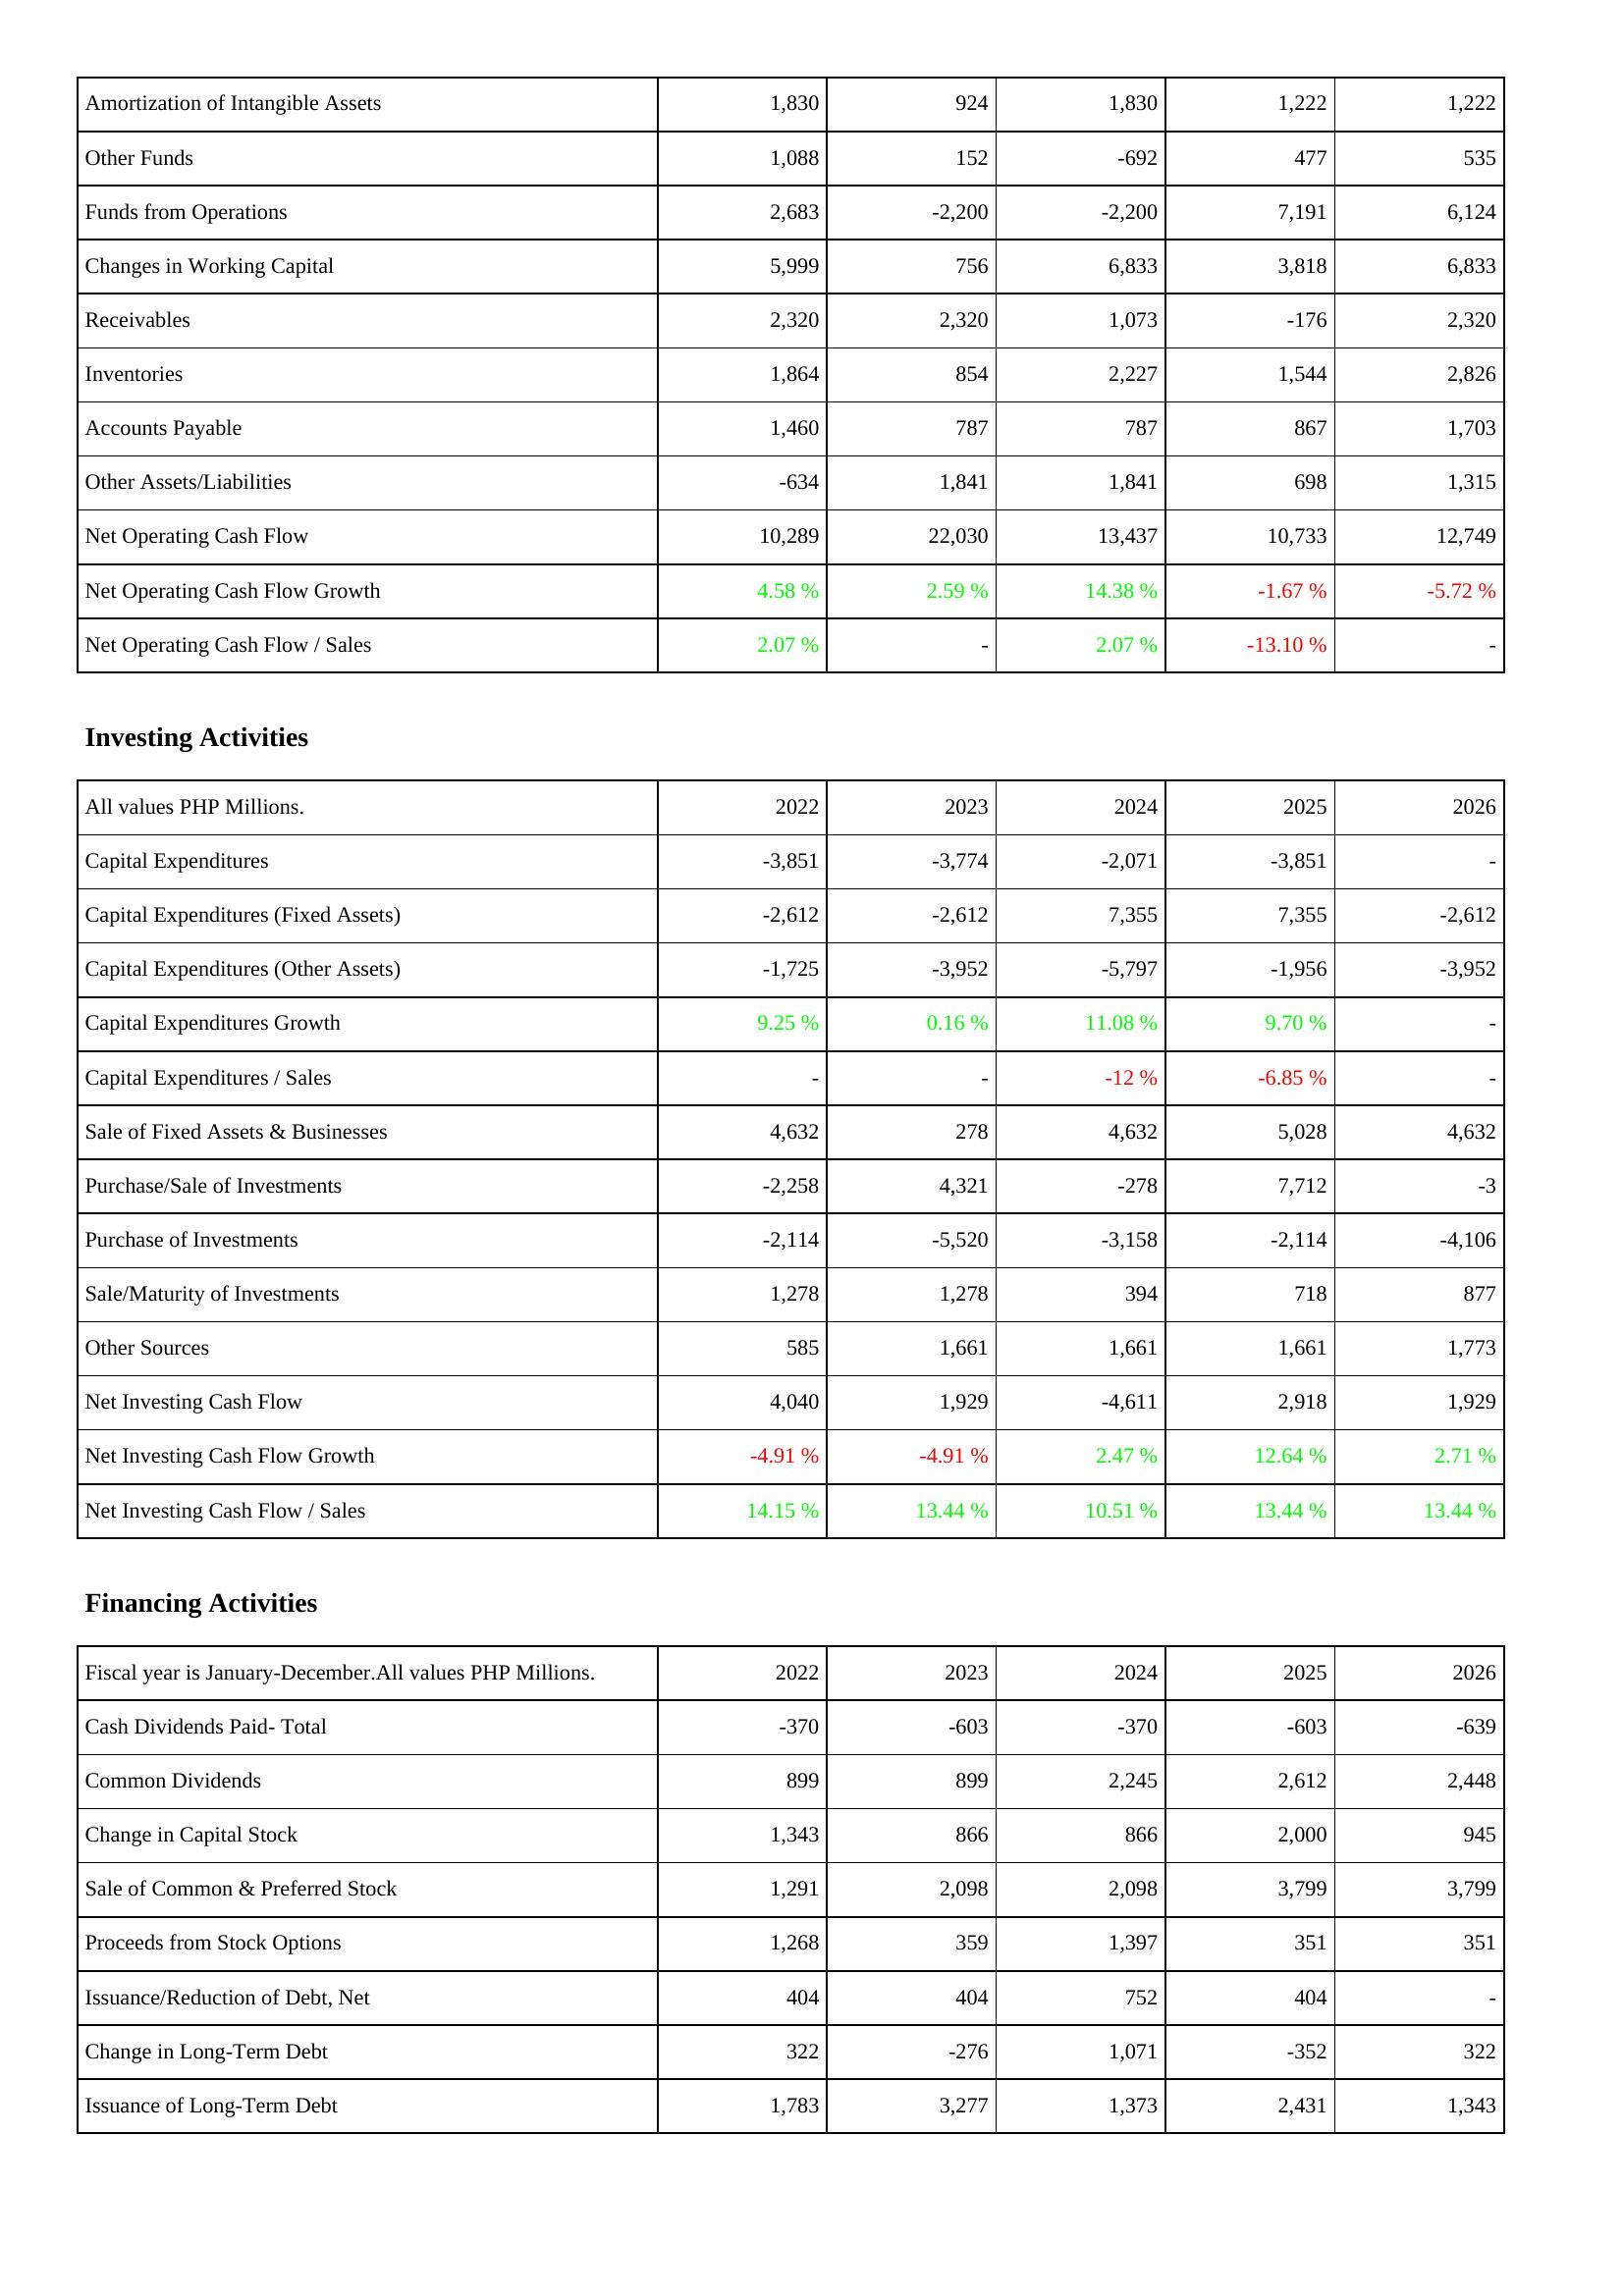
2022: Operating Activities: Amortization of Intangible Assets: 1,830
Other Funds: 1,088
Funds from Operations: 2,683
Changes in Working Capital: 5,999
Receivables: 2,320
Inventories: 1,864
Accounts Payable: 1,460
Other Assets/Liabilities: -634
Net Operating Cash Flow: 10,289
Net Operating Cash Flow Growth: 4.58 %
Net Operating Cash Flow / Sales: 2.07 %
Investing Activities: Capital Expenditures: -3,851
Capital Expenditures (Fixed Assets): -2,612
Capital Expenditures (Other Assets): -1,725
Capital Expenditures Growth: 9.25 %
Capital Expenditures / Sales: -
Sale of Fixed Assets & Businesses: 4,632
Purchase/Sale of Investments: -2,258
Purchase of Investments: -2,114
Sale/Maturity of Investments: 1,278
Other Sources: 585
Net Investing Cash Flow: 4,040
Net Investing Cash Flow Growth: -4.91 %
Net Investing Cash Flow / Sales: 14.15 %
Financing Activities: Cash Dividends Paid- Total: -370
Common Dividends: 899
Change in Capital Stock: 1,343
Sale of Common & Preferred Stock: 1,291
Proceeds from Stock Options: 1,268
Issuance/Reduction of Debt, Net: 404
Change in Long-Term Debt: 322
Issuance of Long-Term Debt: 1,783
2023: Operating Activities: Amortization of Intangible Assets: 924
Other Funds: 152
Funds from Operations: -2,200
Changes in Working Capital: 756
Receivables: 2,320
Inventories: 854
Accounts Payable: 787
Other Assets/Liabilities: 1,841
Net Operating Cash Flow: 22,030
Net Operating Cash Flow Growth: 2.59 %
Net Operating Cash Flow / Sales: -
Investing Activities: Capital Expenditures: -3,774
Capital Expenditures (Fixed Assets): -2,612
Capital Expenditures (Other Assets): -3,952
Capital Expenditures Growth: 0.16 %
Capital Expenditures / Sales: -
Sale of Fixed Assets & Businesses: 278
Purchase/Sale of Investments: 4,321
Purchase of Investments: -5,520
Sale/Maturity of Investments: 1,278
Other Sources: 1,661
Net Investing Cash Flow: 1,929
Net Investing Cash Flow Growth: -4.91 %
Net Investing Cash Flow / Sales: 13.44 %
Financing Activities: Cash Dividends Paid- Total: -603
Common Dividends: 899
Change in Capital Stock: 866
Sale of Common & Preferred Stock: 2,098
Proceeds from Stock Options: 359
Issuance/Reduction of Debt, Net: 404
Change in Long-Term Debt: -276
Issuance of Long-Term Debt: 3,277
2024: Operating Activities: Amortization of Intangible Assets: 1,830
Other Funds: -692
Funds from Operations: -2,200
Changes in Working Capital: 6,833
Receivables: 1,073
Inventories: 2,227
Accounts Payable: 787
Other Assets/Liabilities: 1,841
Net Operating Cash Flow: 13,437
Net Operating Cash Flow Growth: 14.38 %
Net Operating Cash Flow / Sales: 2.07 %
Investing Activities: Capital Expenditures: -2,071
Capital Expenditures (Fixed Assets): 7,355
Capital Expenditures (Other Assets): -5,797
Capital Expenditures Growth: 11.08 %
Capital Expenditures / Sales: -12 %
Sale of Fixed Assets & Businesses: 4,632
Purchase/Sale of Investments: -278
Purchase of Investments: -3,158
Sale/Maturity of Investments: 394
Other Sources: 1,661
Net Investing Cash Flow: -4,611
Net Investing Cash Flow Growth: 2.47 %
Net Investing Cash Flow / Sales: 10.51 %
Financing Activities: Cash Dividends Paid- Total: -370
Common Dividends: 2,245
Change in Capital Stock: 866
Sale of Common & Preferred Stock: 2,098
Proceeds from Stock Options: 1,397
Issuance/Reduction of Debt, Net: 752
Change in Long-Term Debt: 1,071
Issuance of Long-Term Debt: 1,373
2025: Operating Activities: Amortization of Intangible Assets: 1,222
Other Funds: 477
Funds from Operations: 7,191
Changes in Working Capital: 3,818
Receivables: -176
Inventories: 1,544
Accounts Payable: 867
Other Assets/Liabilities: 698
Net Operating Cash Flow: 10,733
Net Operating Cash Flow Growth: -1.67 %
Net Operating Cash Flow / Sales: -13.10 %
Investing Activities: Capital Expenditures: -3,851
Capital Expenditures (Fixed Assets): 7,355
Capital Expenditures (Other Assets): -1,956
Capital Expenditures Growth: 9.70 %
Capital Expenditures / Sales: -6.85 %
Sale of Fixed Assets & Businesses: 5,028
Purchase/Sale of Investments: 7,712
Purchase of Investments: -2,114
Sale/Maturity of Investments: 718
Other Sources: 1,661
Net Investing Cash Flow: 2,918
Net Investing Cash Flow Growth: 12.64 %
Net Investing Cash Flow / Sales: 13.44 %
Financing Activities: Cash Dividends Paid- Total: -603
Common Dividends: 2,612
Change in Capital Stock: 2,000
Sale of Common & Preferred Stock: 3,799
Proceeds from Stock Options: 351
Issuance/Reduction of Debt, Net: 404
Change in Long-Term Debt: -352
Issuance of Long-Term Debt: 2,431
2026: Operating Activities: Amortization of Intangible Assets: 1,222
Other Funds: 535
Funds from Operations: 6,124
Changes in Working Capital: 6,833
Receivables: 2,320
Inventories: 2,826
Accounts Payable: 1,703
Other Assets/Liabilities: 1,315
Net Operating Cash Flow: 12,749
Net Operating Cash Flow Growth: -5.72 %
Net Operating Cash Flow / Sales: -
Investing Activities: Capital Expenditures: -
Capital Expenditures (Fixed Assets): -2,612
Capital Expenditures (Other Assets): -3,952
Capital Expenditures Growth: -
Capital Expenditures / Sales: -
Sale of Fixed Assets & Businesses: 4,632
Purchase/Sale of Investments: -3
Purchase of Investments: -4,106
Sale/Maturity of Investments: 877
Other Sources: 1,773
Net Investing Cash Flow: 1,929
Net Investing Cash Flow Growth: 2.71 %
Net Investing Cash Flow / Sales: 13.44 %
Financing Activities: Cash Dividends Paid- Total: -639
Common Dividends: 2,448
Change in Capital Stock: 945
Sale of Common & Preferred Stock: 3,799
Proceeds from Stock Options: 351
Issuance/Reduction of Debt, Net: -
Change in Long-Term Debt: 322
Issuance of Long-Term Debt: 1,343